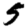
Digit: 5